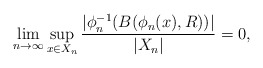
\begin{align*} \lim_{n\to \infty}\sup_{x\in X_n}\frac{|\phi_n^{-1}(B(\phi_n(x),R))|}{|X_n|}=0, \end{align*}